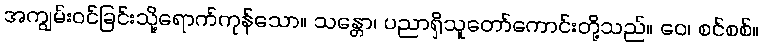
အကျွမ်းဝင်ခြင်းသို့ရောက်ကုန်သော။ သန္တော၊ ပညာရှိသူတော်ကောင်းတို့သည်။ ဝေ၊ စင်စစ်။